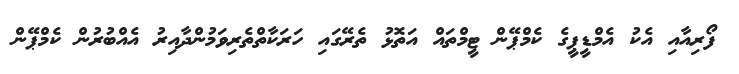
ފޯރިއާއި އެކު އެމްޑީޕީގެ ކެމްޕޭން ޓީމްތައް އަތޮޅު ތެރޭގައި ހަރަކާތްތެރިވަމުންދާއިރު އެއްބުރުން ކެމްޕޭން